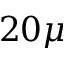
2 0 \mu